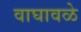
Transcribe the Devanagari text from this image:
वाघावळे